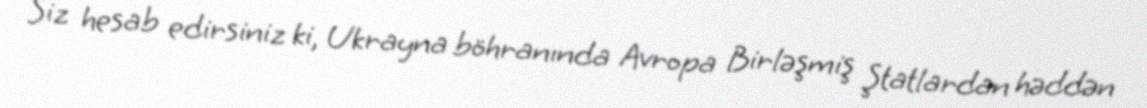
Siz hesab edirsiniz ki, Ukrayna böhranında Avropa Birləşmiş Ştatlardan həddən